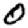
Digit: 0